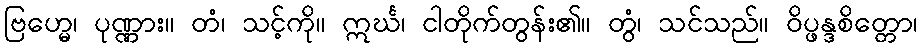
ဗြဟ္မေ၊ ပုဏ္ဏား။ တံ၊ သင့်ကို။ ဣင်္ဃ၊ ငါတိုက်တွန်း၏။ တွံ၊ သင်သည်။ ဝိပ္ဖန္ဒစိတ္တော၊